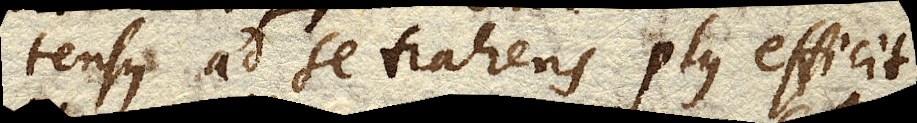
tensus ad se trahens plus efficit